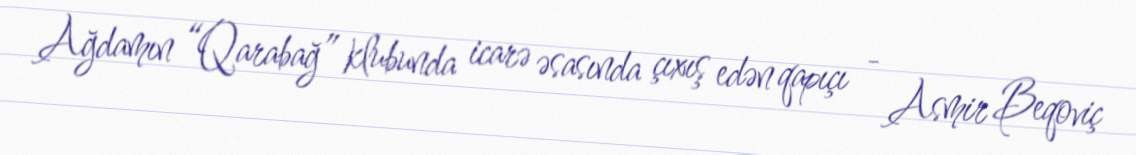
Ağdamın “Qarabağ” klubunda icarə əsasında çıxış edən qapıçı - Asmir Beqoviç